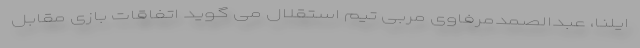
ایلنا، عبدالصمدمرفاوی مربی تیم استقلال می گوید اتفاقات بازی مقابل